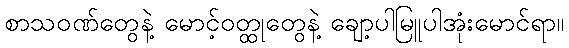
စာသဝဏ်တွေနဲ့ မောင့်ဝတ္ထုတွေနဲ့ ချော့ပါမြူပါအုံးမောင်ရာ။